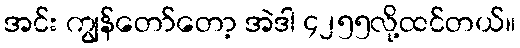
အင်း ကျွန်တော်တော့ အဲဒါ ၄၂၅၅လို့ထင်တယ်။